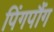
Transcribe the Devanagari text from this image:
पिंगपौंग